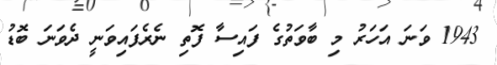
1943 ވަނަ އަހަރު މި ބާވަތުގެ ފައިސާ ފޮތި ނެރެފައިވަނީ ދެވަނަ ބޮޑު